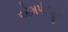
એમપીજીનો